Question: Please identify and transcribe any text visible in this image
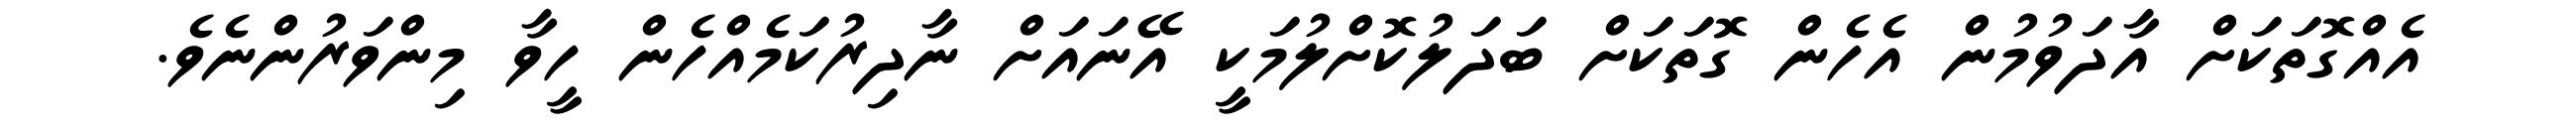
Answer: އެއްގޮތަކަށް އާދަވުމުން އެހެން ގޮތަކަށް ބަދަލުކޮށްލުމަކީ އޭނައަށް ނާދިރުކަމެއްހެން ހީވާ މިންވަރުންނެވެ.